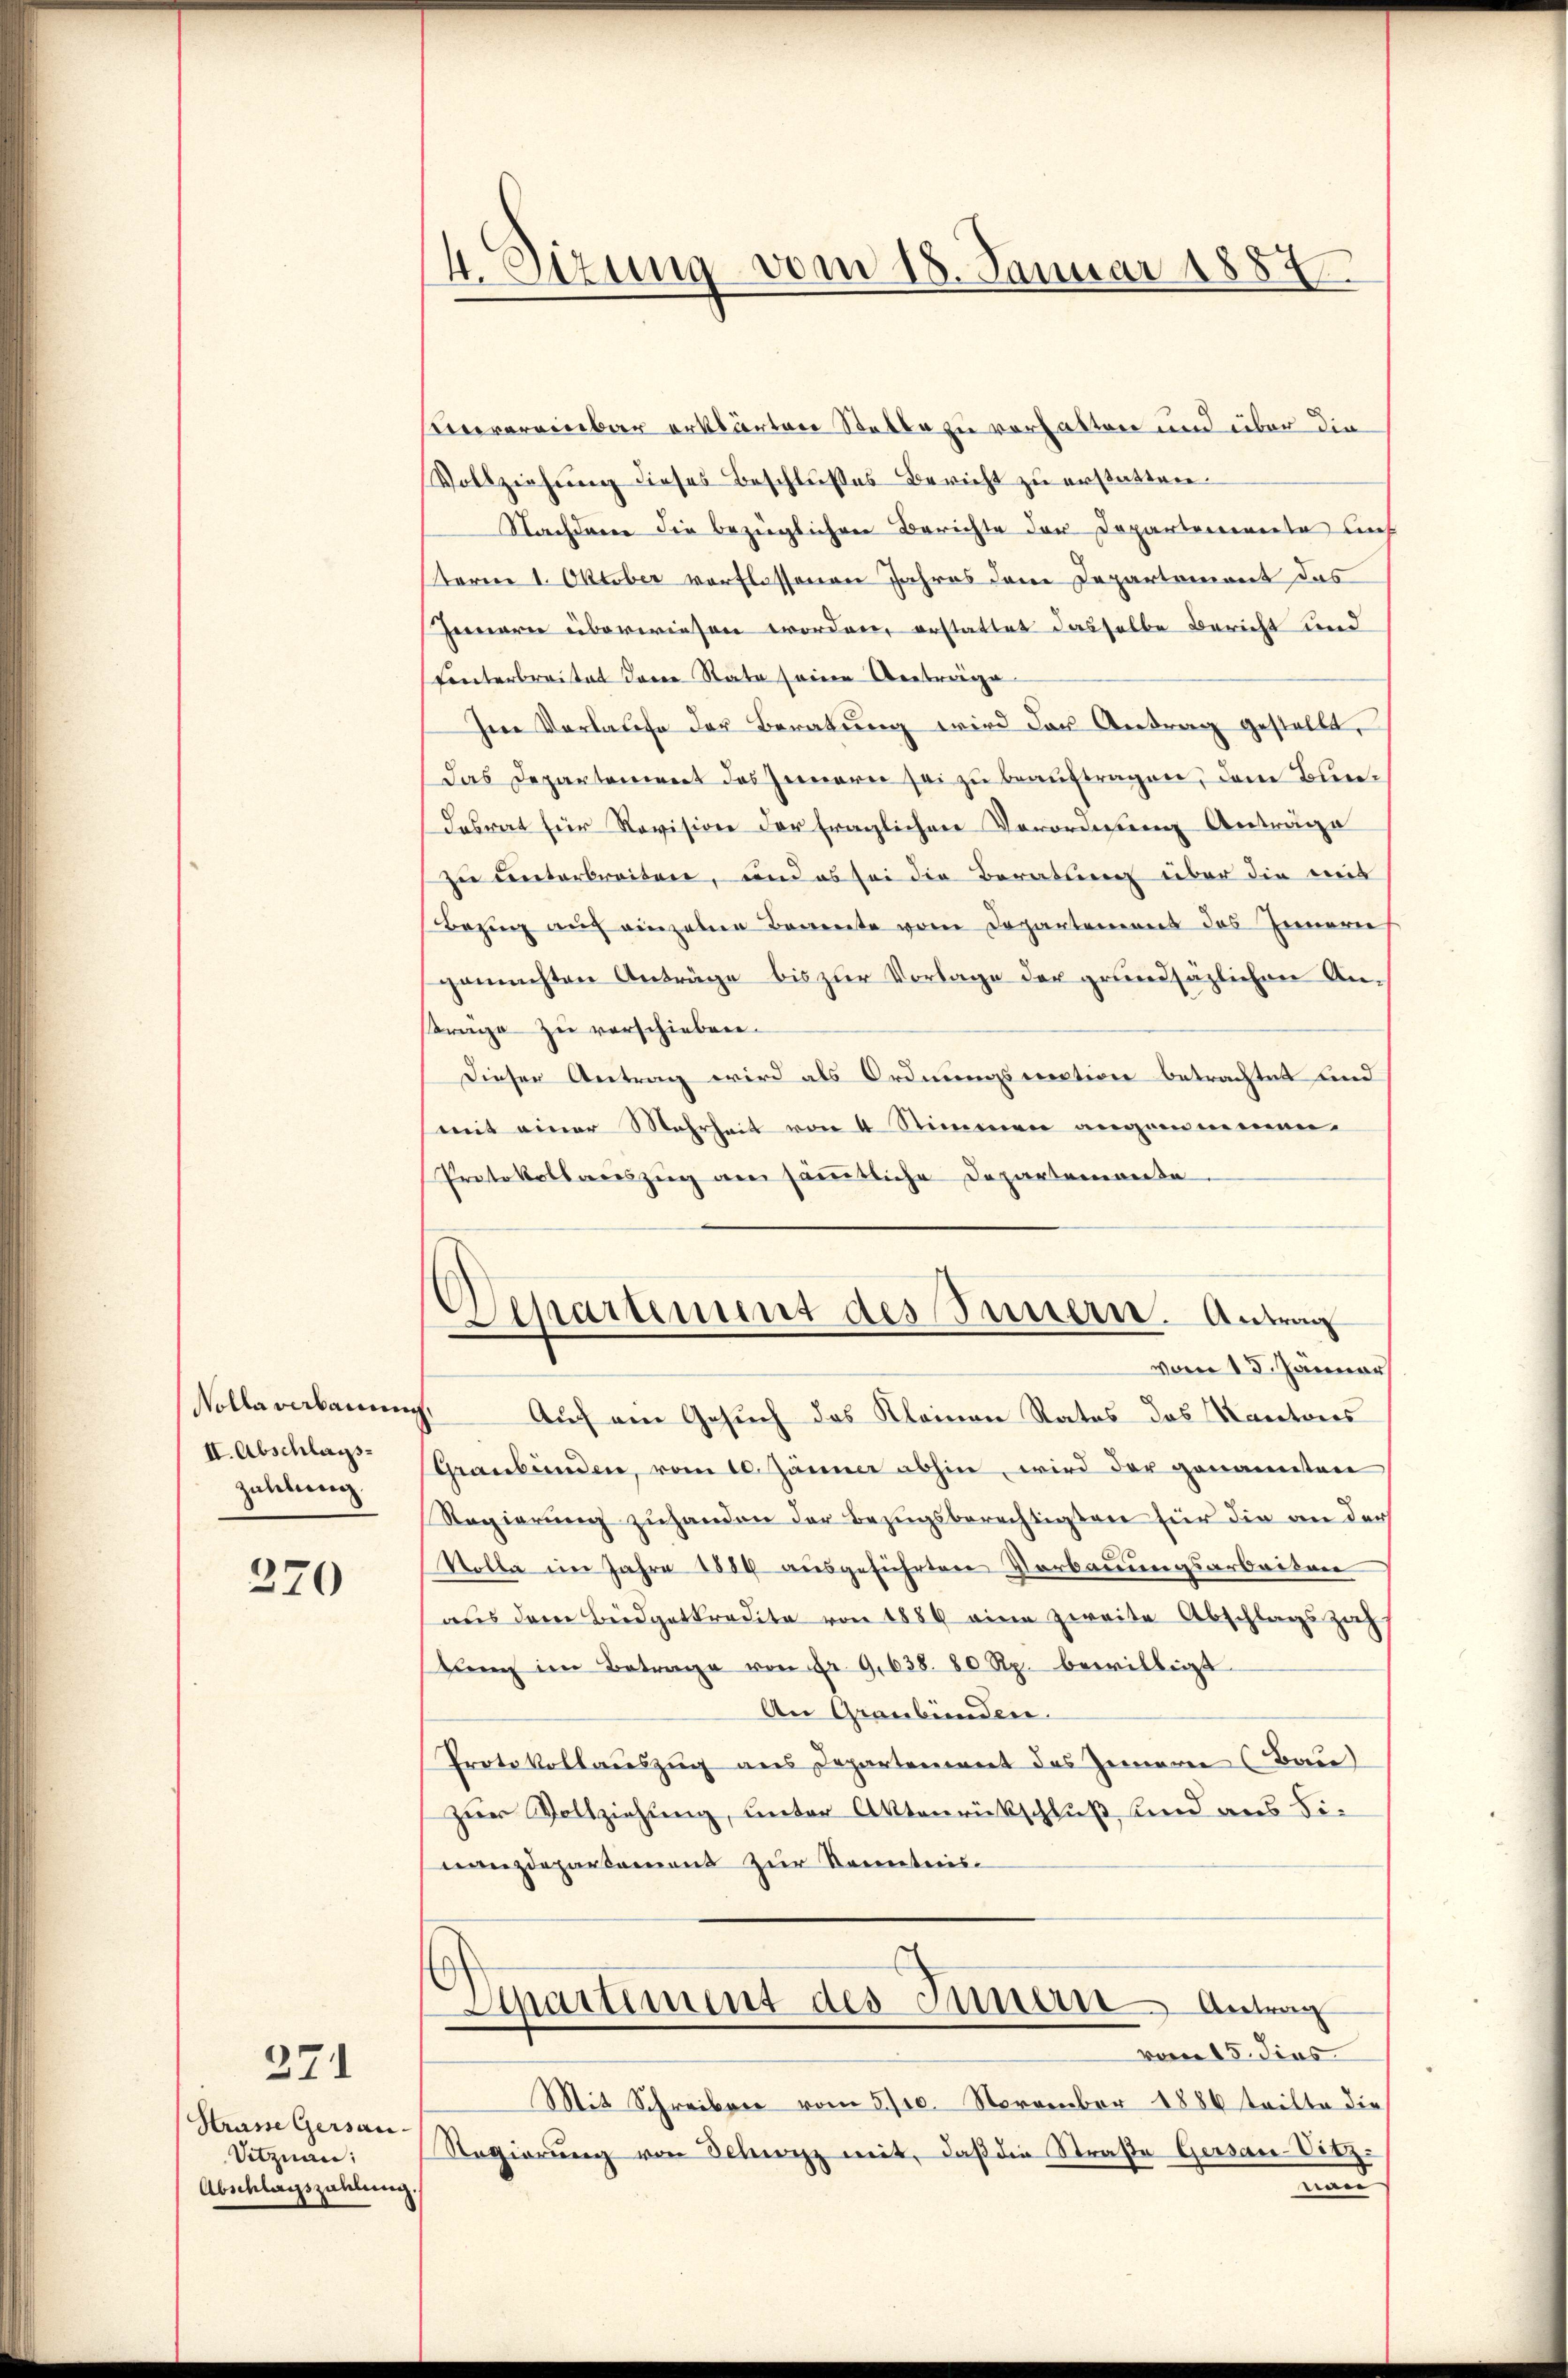
Nolla verbauung
II. Abschlags
zahlung.

270

371

Hrasse Gersau-
Vitznau:
Abschlagszahlung.

4. Setzung vom 18. Januar 1887

ievereinbar erklärten Statte zu vorhatten und über die
Vollziehŭng dieses Beschlußes Bericht zu erstatten.
Nachdener die bezüglichen Berichte der Departemente auch
term 1. Oktober verflossenen Jahres dem Departement das
Jennerne überwiesen worden, erstattet dasselbe Bericht und
Fonterbreitet deren State seine Antrage
Ien Verlasse der Beratung wird das Antrag gestellt,
Das Departement des Zimere sei zu beauftragen, dem Bun¬
Dasrat für Revision der fraglichen Verordnung Anträge
zu unterbreiten, und es sei die Beratung über die mit
rung auf einzelne Benente vom Departement des Innern
gemachten Anträge bis zŭr Vorlage der grundsazlichen An-
trage zu verschieben.
Dieser Antrag wird als Ordnungsrection betrachtet und
mit einer Mehrheit von 4 Stimmen angrimmen.
Protokollauszug an sämmtliche Departemente
.
Auch ein Gesuch das Kleinen Rates das Kantones
Graubünden, vom 10. Januar abhin, wird der genannten
Regierung zuhanden der Bezugsberechtigten für die an der
Stolla im Jahre 1884 ausgeführten Verbauungsarbeiten
aus dem Büdgetkredite von 1889 eine zweite Abschlagszah
tlere im Betrage von Fr. 9638. 80 Rp. bewilligt
An Graubünden.
Protokollauszug aus Departenereit des Zemeren (Baue
zur Vollziehung, unter Aktenrückschluß und aus Finzdepartement zur Kenntnis-
Apartement des Innern Antrag
vom 15. dies
Mit Schreiben vom 5/10. November 1886 tritte die
Regierŭng von Schwyz mit, daß die Straße Gersau-Vitz
uand

Separtement des Innern. Antrag
vom 13. Jänner